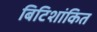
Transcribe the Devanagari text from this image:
बिटिशांकित